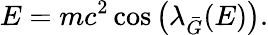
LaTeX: E=mc^{2}\cos\left({\lambda}_{\bar{G}}(E)\right).